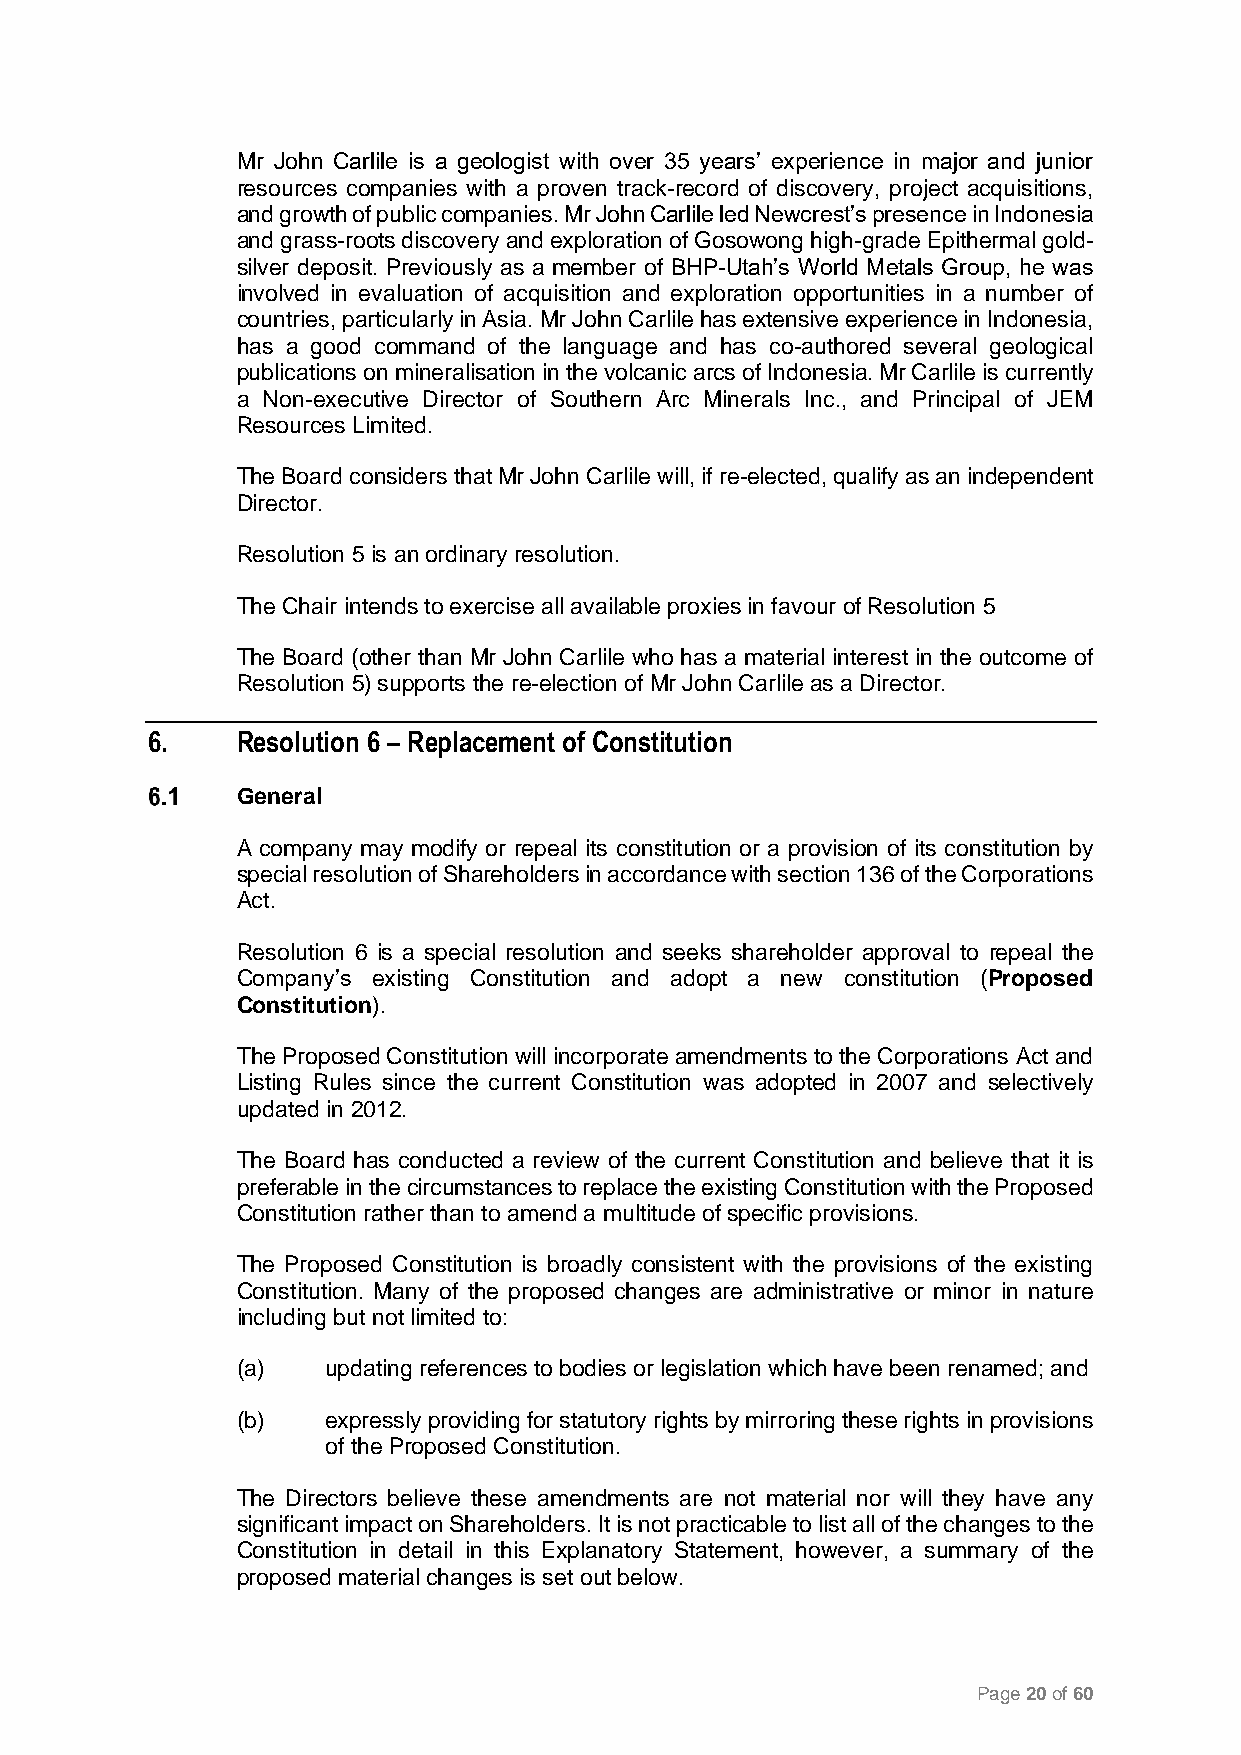
Mr John Carlile is a geologist with over 35 years’ experience in major and junior
 resources companies with a proven track-record of discovery, project acquisitions,
 and growth of public companies. Mr John Carlile led Newcrest’s presence in Indonesia
 and grass-roots discovery and exploration of Gosowong high-grade Epithermal gold-
 silver deposit. Previously as a member of BHP-Utah’s World Metals Group, he was
 involved in evaluation of acquisition and exploration opportunities in a number of
 countries, particularly in Asia. Mr John Carlile has extensive experience in Indonesia,
 has a good command of the language and has co-authored several geological
 publications on mineralisation in the volcanic arcs of Indonesia. Mr Carlile is currently
 a Non-executive Director of Southern Arc Minerals Inc., and Principal of JEM
 Resources Limited.
 The Board considers that Mr John Carlile will, if re-elected, qualify as an independent
 Director.
 Resolution 5 is an ordinary resolution.
 The Chair intends to exercise all available proxies in favour of Resolution 5
 The Board (other than Mr John Carlile who has a material interest in the outcome of
 Resolution 5) supports the re-election of Mr John Carlile as a Director.
 6.    Resolution 6 – Replacement of Constitution
 General
 A company may modify or repeal its constitution or a provision of its constitution by
 special resolution of Shareholders in accordance with section 136 of the Corporations
 Act.
 Resolution 6 is a special resolution and seeks shareholder approval to repeal the
 Company’s existing Constitution and adopt a new constitution (Proposed
 Constitution).
 The Proposed Constitution will incorporate amendments to the Corporations Act and
 Listing Rules since the current Constitution was adopted in 2007 and selectively
 updated in 2012.
 The Board has conducted a review of the current Constitution and believe that it is
 preferable in the circumstances to replace the existing Constitution with the Proposed
 Constitution rather than to amend a multitude of specific provisions.
 The Proposed Constitution is broadly consistent with the provisions of the existing
 Constitution. Many of the proposed changes are administrative or minor in nature
 including but not limited to:
 (a)   updating references to bodies or legislation which have been renamed; and
 (b)   expressly providing for statutory rights by mirroring these rights in provisions
 of the Proposed Constitution.
 The Directors believe these amendments are not material nor will they have any
 significant impact on Shareholders. It is not practicable to list all of the changes to the
 Constitution in detail in this Explanatory Statement, however, a summary of the
 proposed material changes is set out below.
 Page 20 of 60